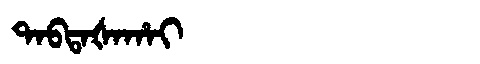
Manchu: ᡨᠠᠪᡨᠠᡧᠠᡥᠠᡳ
Romanization: TABTAŠAHAI